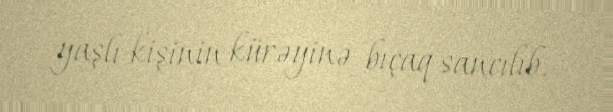
yaşlı kişinin kürəyinə bıçaq sancılıb.